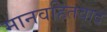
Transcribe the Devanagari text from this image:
मानवहितवाद